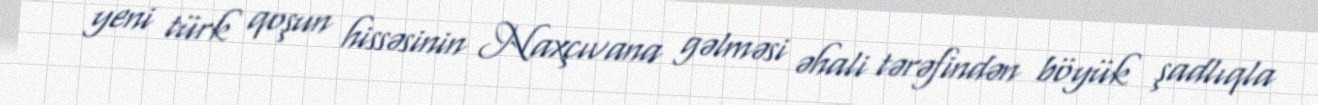
yeni türk qoşun hissəsinin Naxçıvana gəlməsi əhali tərəfindən böyük şadlıqla